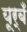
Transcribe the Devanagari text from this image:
यूर्बँ